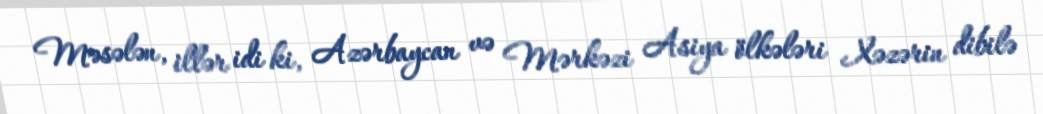
Məsələn, illər idi ki, Azərbaycan və Mərkəzi Asiya ölkələri Xəzərin dibilə